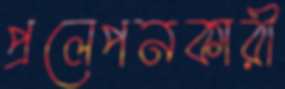
প্রলেপনকারী